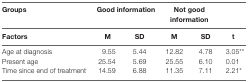
<table><thead><tr><td><b>Groups</b></td><td colspan="2"><b>Good information</b></td><td colspan="2"><b>Not good information</b></td><td></td></tr><tr><td><b>Factors</b></td><td><b>M</b></td><td><b>SD</b></td><td><b>M</b></td><td><b>SD</b></td><td><b>t</b></td></tr></thead><tbody><tr><td>Age at diagnosis</td><td>9.55</td><td>5.44</td><td>12.82</td><td>4.78</td><td>3.05**</td></tr><tr><td>Present age</td><td>25.54</td><td>5.69</td><td>25.55</td><td>6.10</td><td>0.01</td></tr><tr><td>Time since end of treatment</td><td>14.59</td><td>6.88</td><td>11.35</td><td>7.11</td><td>2.21*</td></tr></tbody></table>